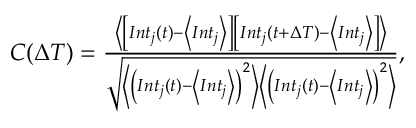
\begin{array} { r } { C ( \Delta T ) = \frac { \left\langle \left[ I n t _ { j } ( t ) - \left\langle I n t _ { j } \right\rangle \right] \left[ I n t _ { j } ( t + \Delta T ) - \left\langle I n t _ { j } \right\rangle \right] \right\rangle } { \sqrt { \left\langle \left( I n t _ { j } ( t ) - \left\langle I n t _ { j } \right\rangle \right) ^ { 2 } \right\rangle \left\langle \left( I n t _ { j } ( t ) - \left\langle I n t _ { j } \right\rangle \right) ^ { 2 } \right\rangle } } , } \end{array}